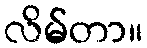
လိမ်တာ။